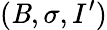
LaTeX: (\mathit{B},\sigma,I^{\prime})